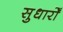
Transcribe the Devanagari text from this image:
सुधारोँ